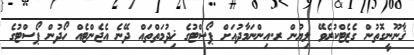
ޤާނޫނީގޮތުން ގެޒެޓްކުރެވޭ ލިޔުން ރ.އިންނަމާދުއަށް ޕޯސްޓުގެ ޚިދުމަތްތައް ދޭނެ އެޖެންޓެއް ހޯދުން ޕޯސްޓުގެ